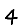
Digit: 4